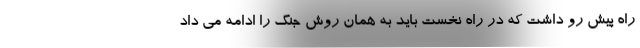
راه پیش رو داشت که در راه نخست باید به همان روش جنگ را ادامه می داد